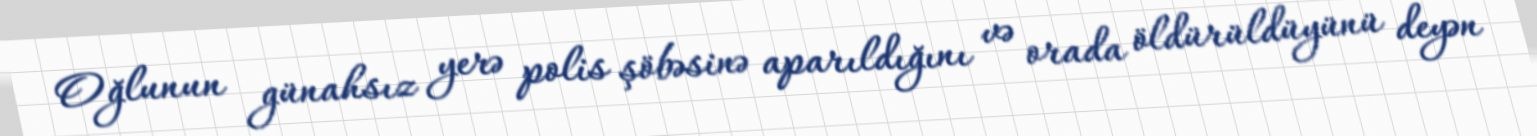
Oğlunun günahsız yerə polis şöbəsinə aparıldığını və orada öldürüldüyünü deyən